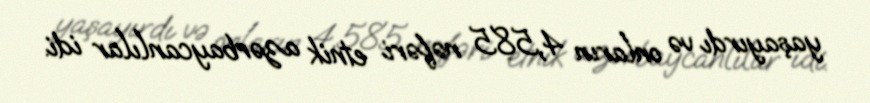
yaşayırdı və onların 4,585 nəfəri etnik azərbaycanlılar idi.